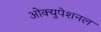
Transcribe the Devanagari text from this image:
ओक्युपेशनल